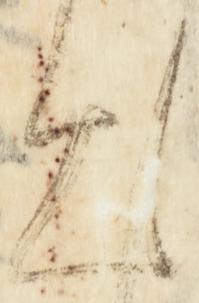
出